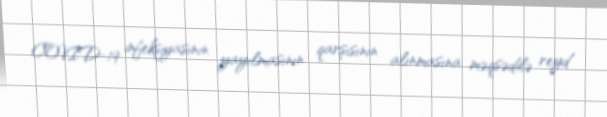
COVID-19 infeksiyasının yayılmasının qarşısının alınmasına məqsədilə reyd